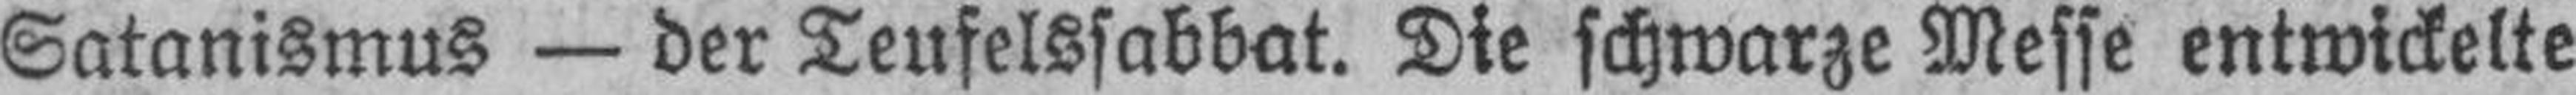
Satanismus — der Teufelssabbat. Die schwarze Messe entwickelte